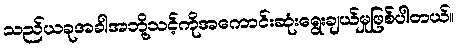
သည်ယခုအခါအဘို့သင့်ကိုအကောင်းဆုံးရွေးချယ်မှုဖြစ်ပါတယ်။